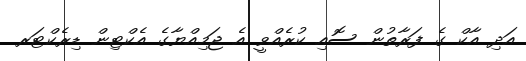
އަދި އާކް ގެ ފަރާތުން ސޮއި ކުރެއްވީ އެ ޖަމިއްޔާގެ އެކްޓިން ޑިރެކްޓަރ